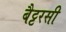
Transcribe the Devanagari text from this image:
बैट्टरसी